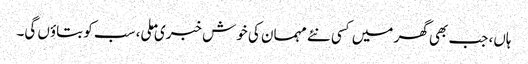
ہاں، جب بھی گھر میں کسی نئے مہمان کی خوش خبری ملی، سب کو بتاوٴں گی۔